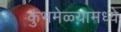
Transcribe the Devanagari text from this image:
कुंभमेळ्यामध्ये